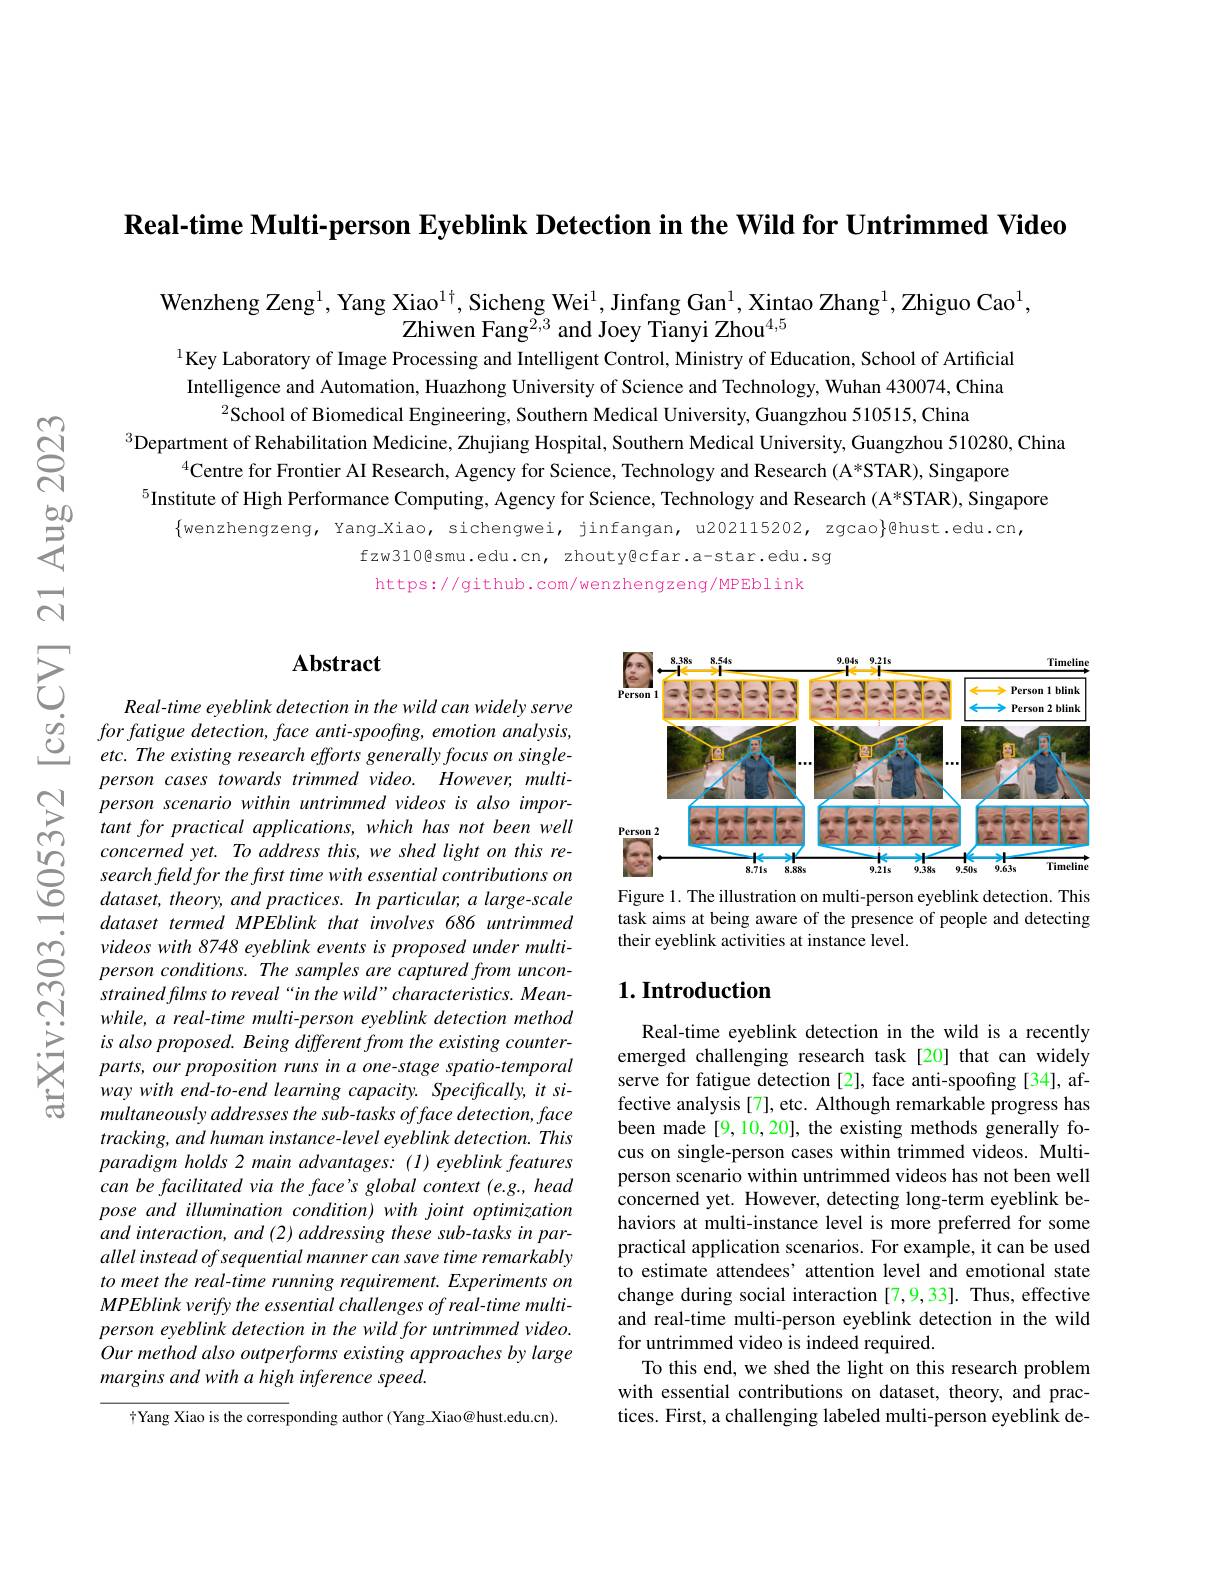
Real-time Multi-person Eyeblink Detection in the Wild for Untrimmed Video

Wenzheng Zeng$^1,\text{Yang Xiao}^{1\dagger}$,Sicheng Wei$^1$,Jinfang Gan$^1$,Xintao Zhang$^1$,Zhiguo Cao$^1$
Zhiwen Fang$^{2,3}$ and Joey Tianyi Zhou$^{4,5}$

$^{1}$Key Laboratory of Image Processing and Intelligent Control, Ministry of Education, School of Artificial Intelligence and Automation, Huazhong University of Science and Technology, Wuhan 430074, China
$^{2}$School of Biomedical Engineering, Southern Medical University, Guangzhou 510515, China
$^{3}$Department of Rehabilitation Medicine, Zhujiang Hospital, Southern Medical University, Guangzhou 510280, China
$^{4}$Centre for Frontier AI Research, Agency for Science, Technology and Research (A*STAR), Singapore
$^{5}$Institute of High Performance Computing, Agency for Science, Technology and Research ( A*STAR), Singapore
$$\{$wenzhengzeng, Yang_Xiao, sichengwei, jinfangan, u202115202, zgcao}\}$@hust.edu.cn,
fzw310@smu.edu.cn, zhouty@cfar.a-star.edu.sg

https://github.com/wenzhengzeng/MPEblink

### $\mathbf{Abstract}$

Real-time eyeblink detection in the wild can widely serve $forfatigue\textit{ detection, face anti- spoofing, emotion analysis, }$ etc. The existing research efforts generally focus on singleperson cases towards trimmed video. However, multiperson scenario within untrimmed videos is also important for practical applications, which has not been well concerned yet. To address this, we shed light on this research fleld for the frst time with essential contributions on $dataset,theory,andpractices.Inparticular,alarge-scale$ dataset termed MPEblink that involves 686 untrimmed videos with 8748 eyeblink events is proposed under multiperson conditions. The samples are captured from unconstrained films to reveal " in the wild" characteristics. Meanwhile, a real-time multi-person eyeblink detection method is also proposed. Being different from the existing counterparts, our proposition runs in a one-stage spatio-temporal way with end-to-end learning capacity. Specifically, it simultaneously addresses the sub-tasks offace detection, face $tracking,and~human~instance-level~eyeblink~detection.~This$ paradigm holds 2 main advantages: (I) eyeblink features can be facilitated via the face's global context (e.g., head pose and illumination condition) with joint optimization and interaction, and (2) addressing these sub-tasks in parallel instead of sequential manner can save time remarkably to meet the real-time running requirement. Experiments on MPEblink verify the essential challenges of real-time multiperson eyeblink detection in the wild for untrimmed video. Our method also outperforms existing approaches by large margins and with a high inference speed.

$\dagger$Yang Xiao is the corresponding author (Yang Xiao@hust.edu.cn).

<FigureHere>

Figure 1. The illustration on multi-person eyeblink detection. This task aims at being aware of the presence of people and detecting their eyeblink activities at instance level.

### $1. \textbf{Introduction}$

Real-time eyeblink detection in the wild is a recently emerged challenging research task[20] that can widely serve for fatigue detection [2], face anti-spoofing [34], affective analysis[7], etc. Although remarkable progress has been made[9,10,20], the existing methods generally focus on single-person cases within trimmed videos. Multiperson scenario within untrimmed videos has not been well concerned yet. However, detecting long-term eyeblink behaviors at multi-instance level is more preferred for some practical application scenarios. For example, it can be used to estimate attendees' attention level and emotional state change during social interaction [7,9,33]. Thus, effective and real-time multi-person eyeblink detection in the wild for untrimmed video is indeed required.
To this end, we shed the light on this research problem with essential contributions on dataset, theory, and practices. First, a challenging labeled multi-person eyeblink de-